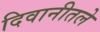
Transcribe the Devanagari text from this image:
दिवानीतले